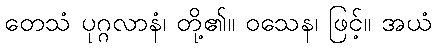
တေသံ ပုဂ္ဂလာနံ၊ တို့၏။ ဝသေန၊ ဖြင့်။ အယံ